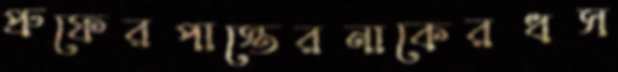
প্রুফেরপাস্তেরনাকেরধস